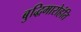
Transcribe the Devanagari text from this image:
बुद्धिमारोहंति